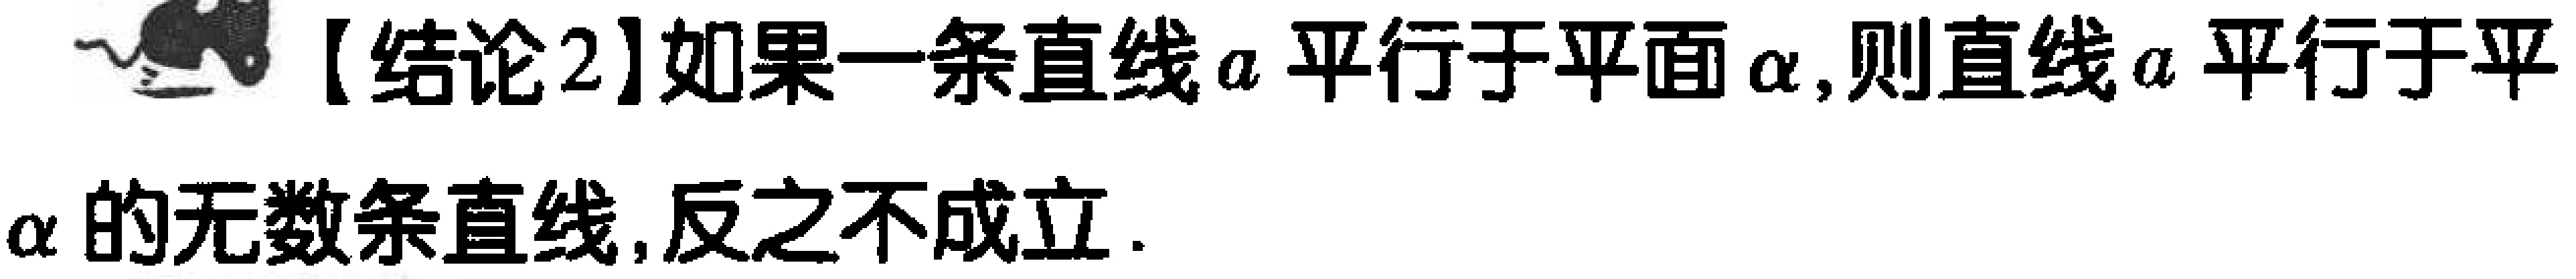
【结论2】如果一条直线\(a\)平行于平面\(\alpha\),则直线\(a\)平行于平\(\alpha\)的无数条直线,反之不成立.